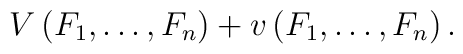
V\left( F_{1}, \dots, F_{n}\right) +v\left( F_{1}, \dots, F_{n}\right) .